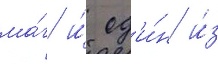
ма́г и́ од'и́н и́з